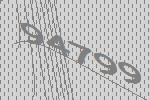
94799